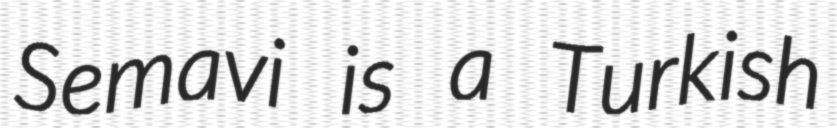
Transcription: Semavi is a Turkish